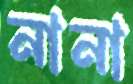
নানা